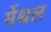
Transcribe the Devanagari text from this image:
मेंथल